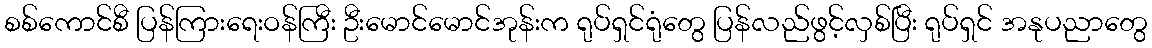
စစ်ကောင်စီ ပြန်ကြားရေးဝန်ကြီး ဦးမောင်မောင်အုန်းက ရုပ်ရှင်ရုံတွေ ပြန်လည်ဖွင့်လှစ်ပြီး ရုပ်ရှင် အနုပညာတွေ